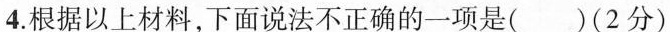
4.根据以上材料，下面说法不正确的一项是( )(2分)